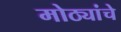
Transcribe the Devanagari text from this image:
मोठ्यांचे